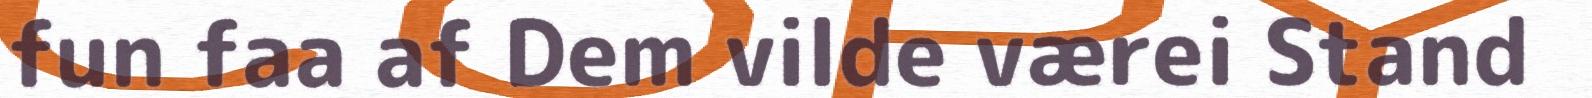
fun faa af Dem vilde værei Stand